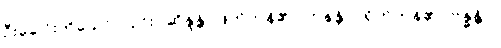
ဦးခေါင်းကိုသော်လည်း။ ဆိန္ဒန္တိ၊ ဖြတ်ကုန်၏။ ဟနန္တိပိ၊ ရိုက်ကုန်၏။ ဗန္ဓန္တိပိ၊